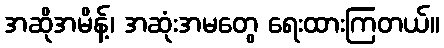
အဆိုအမိန့်၊ အဆုံးအမတွေ ရေးထားကြတယ်။